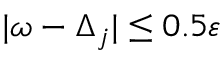
| \omega - \Delta _ { j } | \leq 0 . 5 \varepsilon